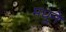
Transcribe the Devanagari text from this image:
मधूने